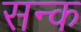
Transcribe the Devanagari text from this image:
सन्क